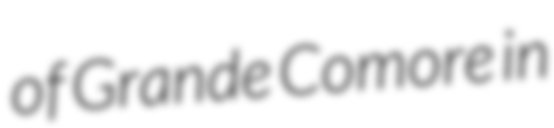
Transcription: of Grande Comore in